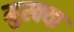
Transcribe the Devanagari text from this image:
मुस्क्या